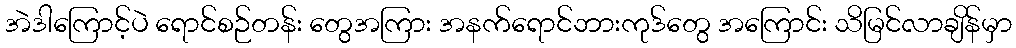
အဲဒါကြောင့်ပဲ ရောင်စဉ်တန်း တွေအကြား အနက်ရောင်ဘားကုဒ်တွေ အကြောင်း သိမြင်လာချိန်မှာ